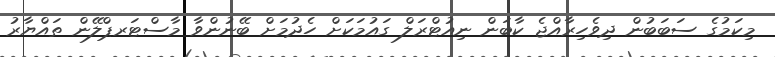
މިކަމުގެ ސަބަބުން ދިވެހިރާއްޖެ ކާބަން ނިއުޓްރަލް ގައުމަކަށް ހެދުމަށް ބޭނުންވާ މާސްޓަރޕްލޭން ތައްޔާރު